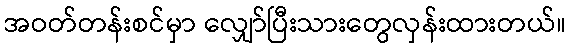
အဝတ်တန်းစင်မှာ လျှော်ပြီးသားတွေလှန်းထားတယ်။